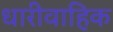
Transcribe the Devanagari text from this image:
धारीवाहिक